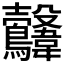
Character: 𩏻